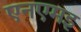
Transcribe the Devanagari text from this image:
एनएमइ